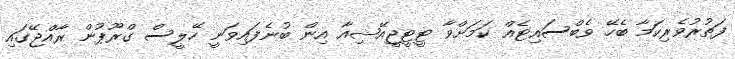
ފަތުރުވެރިކަމާ ބެހޭ ވެބްސައިޓެއް ކަމަށްވާ ޓީޓީޖީއޭޝިއާ އިން ބުނެފައިވަނީ ހޭލީސް ގްރޫޕުން ރާއްޖޭގައި